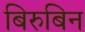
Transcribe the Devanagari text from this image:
बिरुबिन